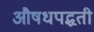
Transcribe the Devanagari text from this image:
औषधपद्धती